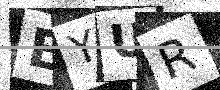
Text: EYUR